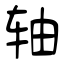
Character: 轴